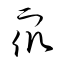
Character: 衆